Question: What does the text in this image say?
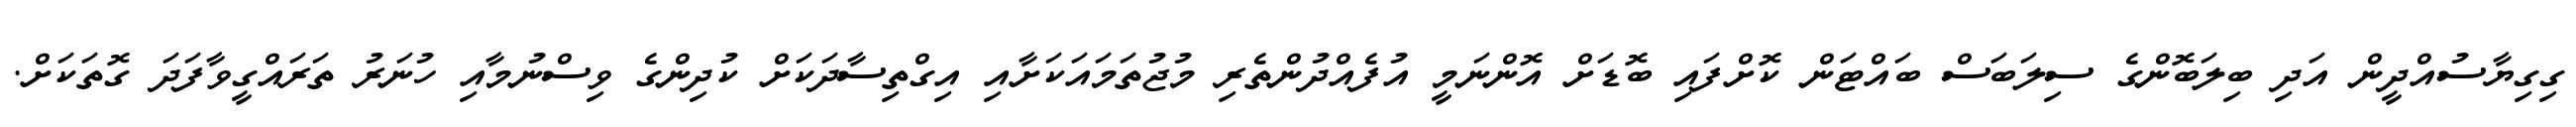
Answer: ގިގިޔާސުއްދީން އަދި ބިލަބޮންގެ ސިލަބަސް ބައްޓަން ކޮށްފައި ބޮޑަށް އޮންނަމީ އުފެއްދުންތެރި މުޖުތަމައަކަށާއި އިގްތިސާދަކަށް ކުދިންގެ ވިސްނުމާއި ހުނަރު ތަރައްގީވާފަދަ ގޮތަކަށް.